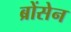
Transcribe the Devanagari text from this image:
ब्रोंसेन